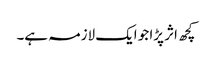
کچھ اثر پڑا جو ایک لازمہ ہے۔